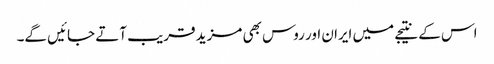
اس کے نتیجے میں ایران اور روس بھی مزید قریب آتے جائیں گے۔